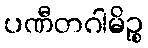
ပဏီတဂါမိဉ္စ